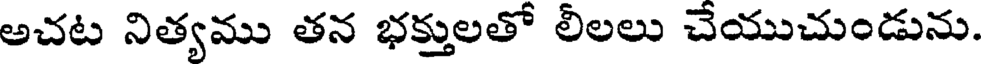
అచట నిత్యము తన భక్తులతో లీలలు చేయుచుండును.